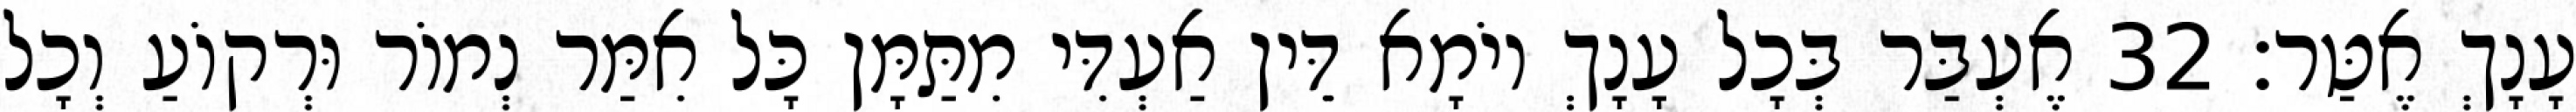
עָנָךְ אֶטַּר׃ 32 אֶעְבַּר בְּכָל עָנָךְ יוֹמָא דֵּין אַעְדִּי מִתַּמָּן כָּל אִמַּר נְמוֹר וּרְקוֹעַ וְכָל